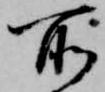
所